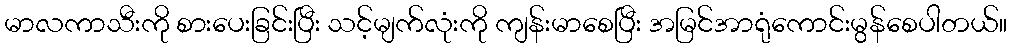
မာလကာသီးကို စားပေးခြင်းပြီး သင့်မျက်လုံးကို ကျန်းမာစေပြီး အမြင်အာရုံကောင်းမွန်စေပါတယ်။